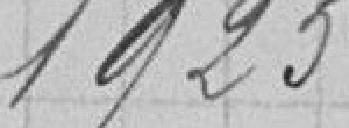
1925